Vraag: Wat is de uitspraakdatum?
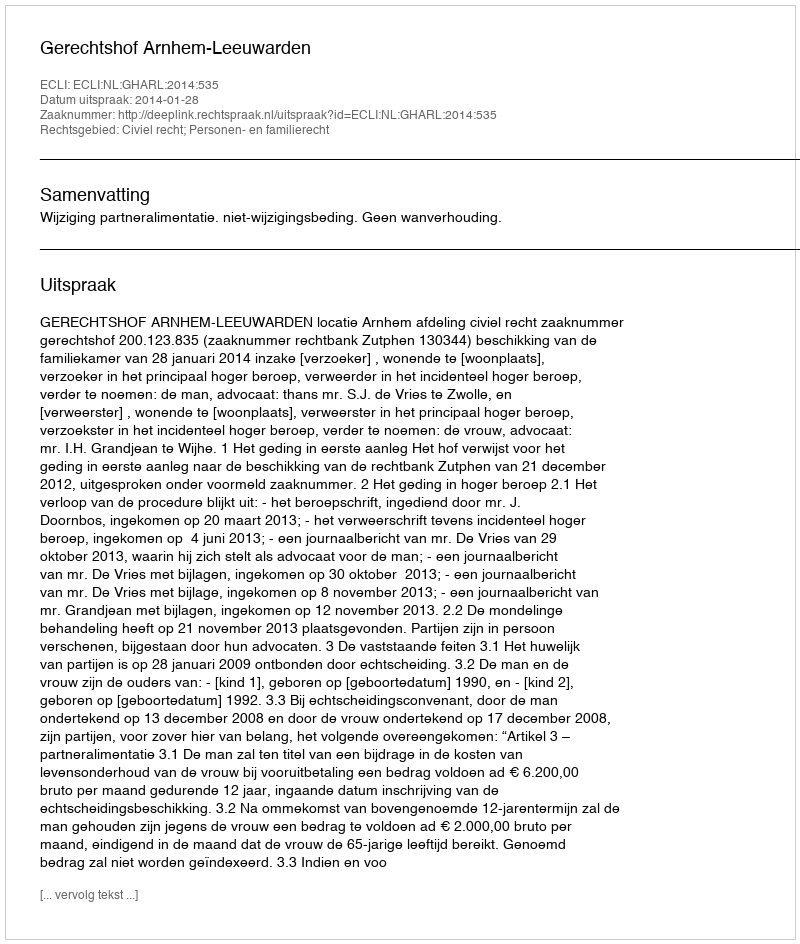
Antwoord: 2014-01-28